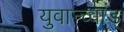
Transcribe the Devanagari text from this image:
युवान्च्वाड्